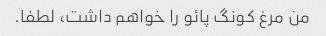
من مرغ کونگ پائو را خواهم داشت، لطفا.